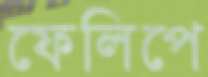
ফেলিপে